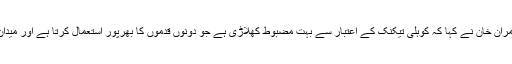
ویرات کوہلی کی تعریف کرتے ہوئے عمران خان نے کہا کہ کوہلی تیکنک کے اعتبار سے بہت مضبوط کھلاڑی ہے جو دونوں قدموں کا بھرپور استعمال کرتا ہے اور میدان کے چاروں طرف اسٹروکس کھیلتا ہے۔